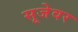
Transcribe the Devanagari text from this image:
सूजेवर